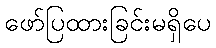
ဖော်ပြထားခြင်းမရှိပေ